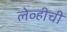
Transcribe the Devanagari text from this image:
लेव्हीची